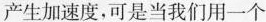
产生加速度，可是当我们用一个